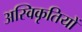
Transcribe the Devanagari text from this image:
अस्विकृतियों